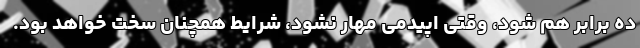
ده برابر هم شود، وقتی اپیدمی مهار نشود، شرایط همچنان سخت خواهد بود.